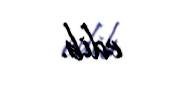
edib.